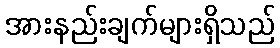
အားနည်းချက်များရှိသည်